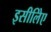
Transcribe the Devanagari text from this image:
इसीलिेए